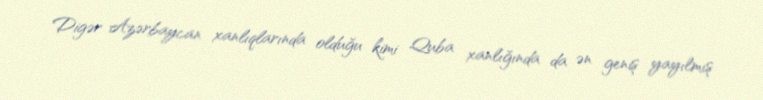
Digər Azərbaycan xanlıqlarında olduğu kimi Quba xanlığında da ən geniş yayılmış